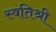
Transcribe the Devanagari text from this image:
स्वतिश्री